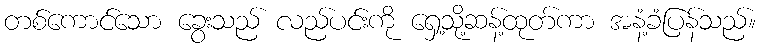
တစ်ကောင်သော ခွေးသည် လည်ပင်းကို ရှေ့သို့ဆန့်ထုတ်ကာ အနံ့ခံပြန်သည်။